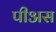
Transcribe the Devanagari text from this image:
पीअस